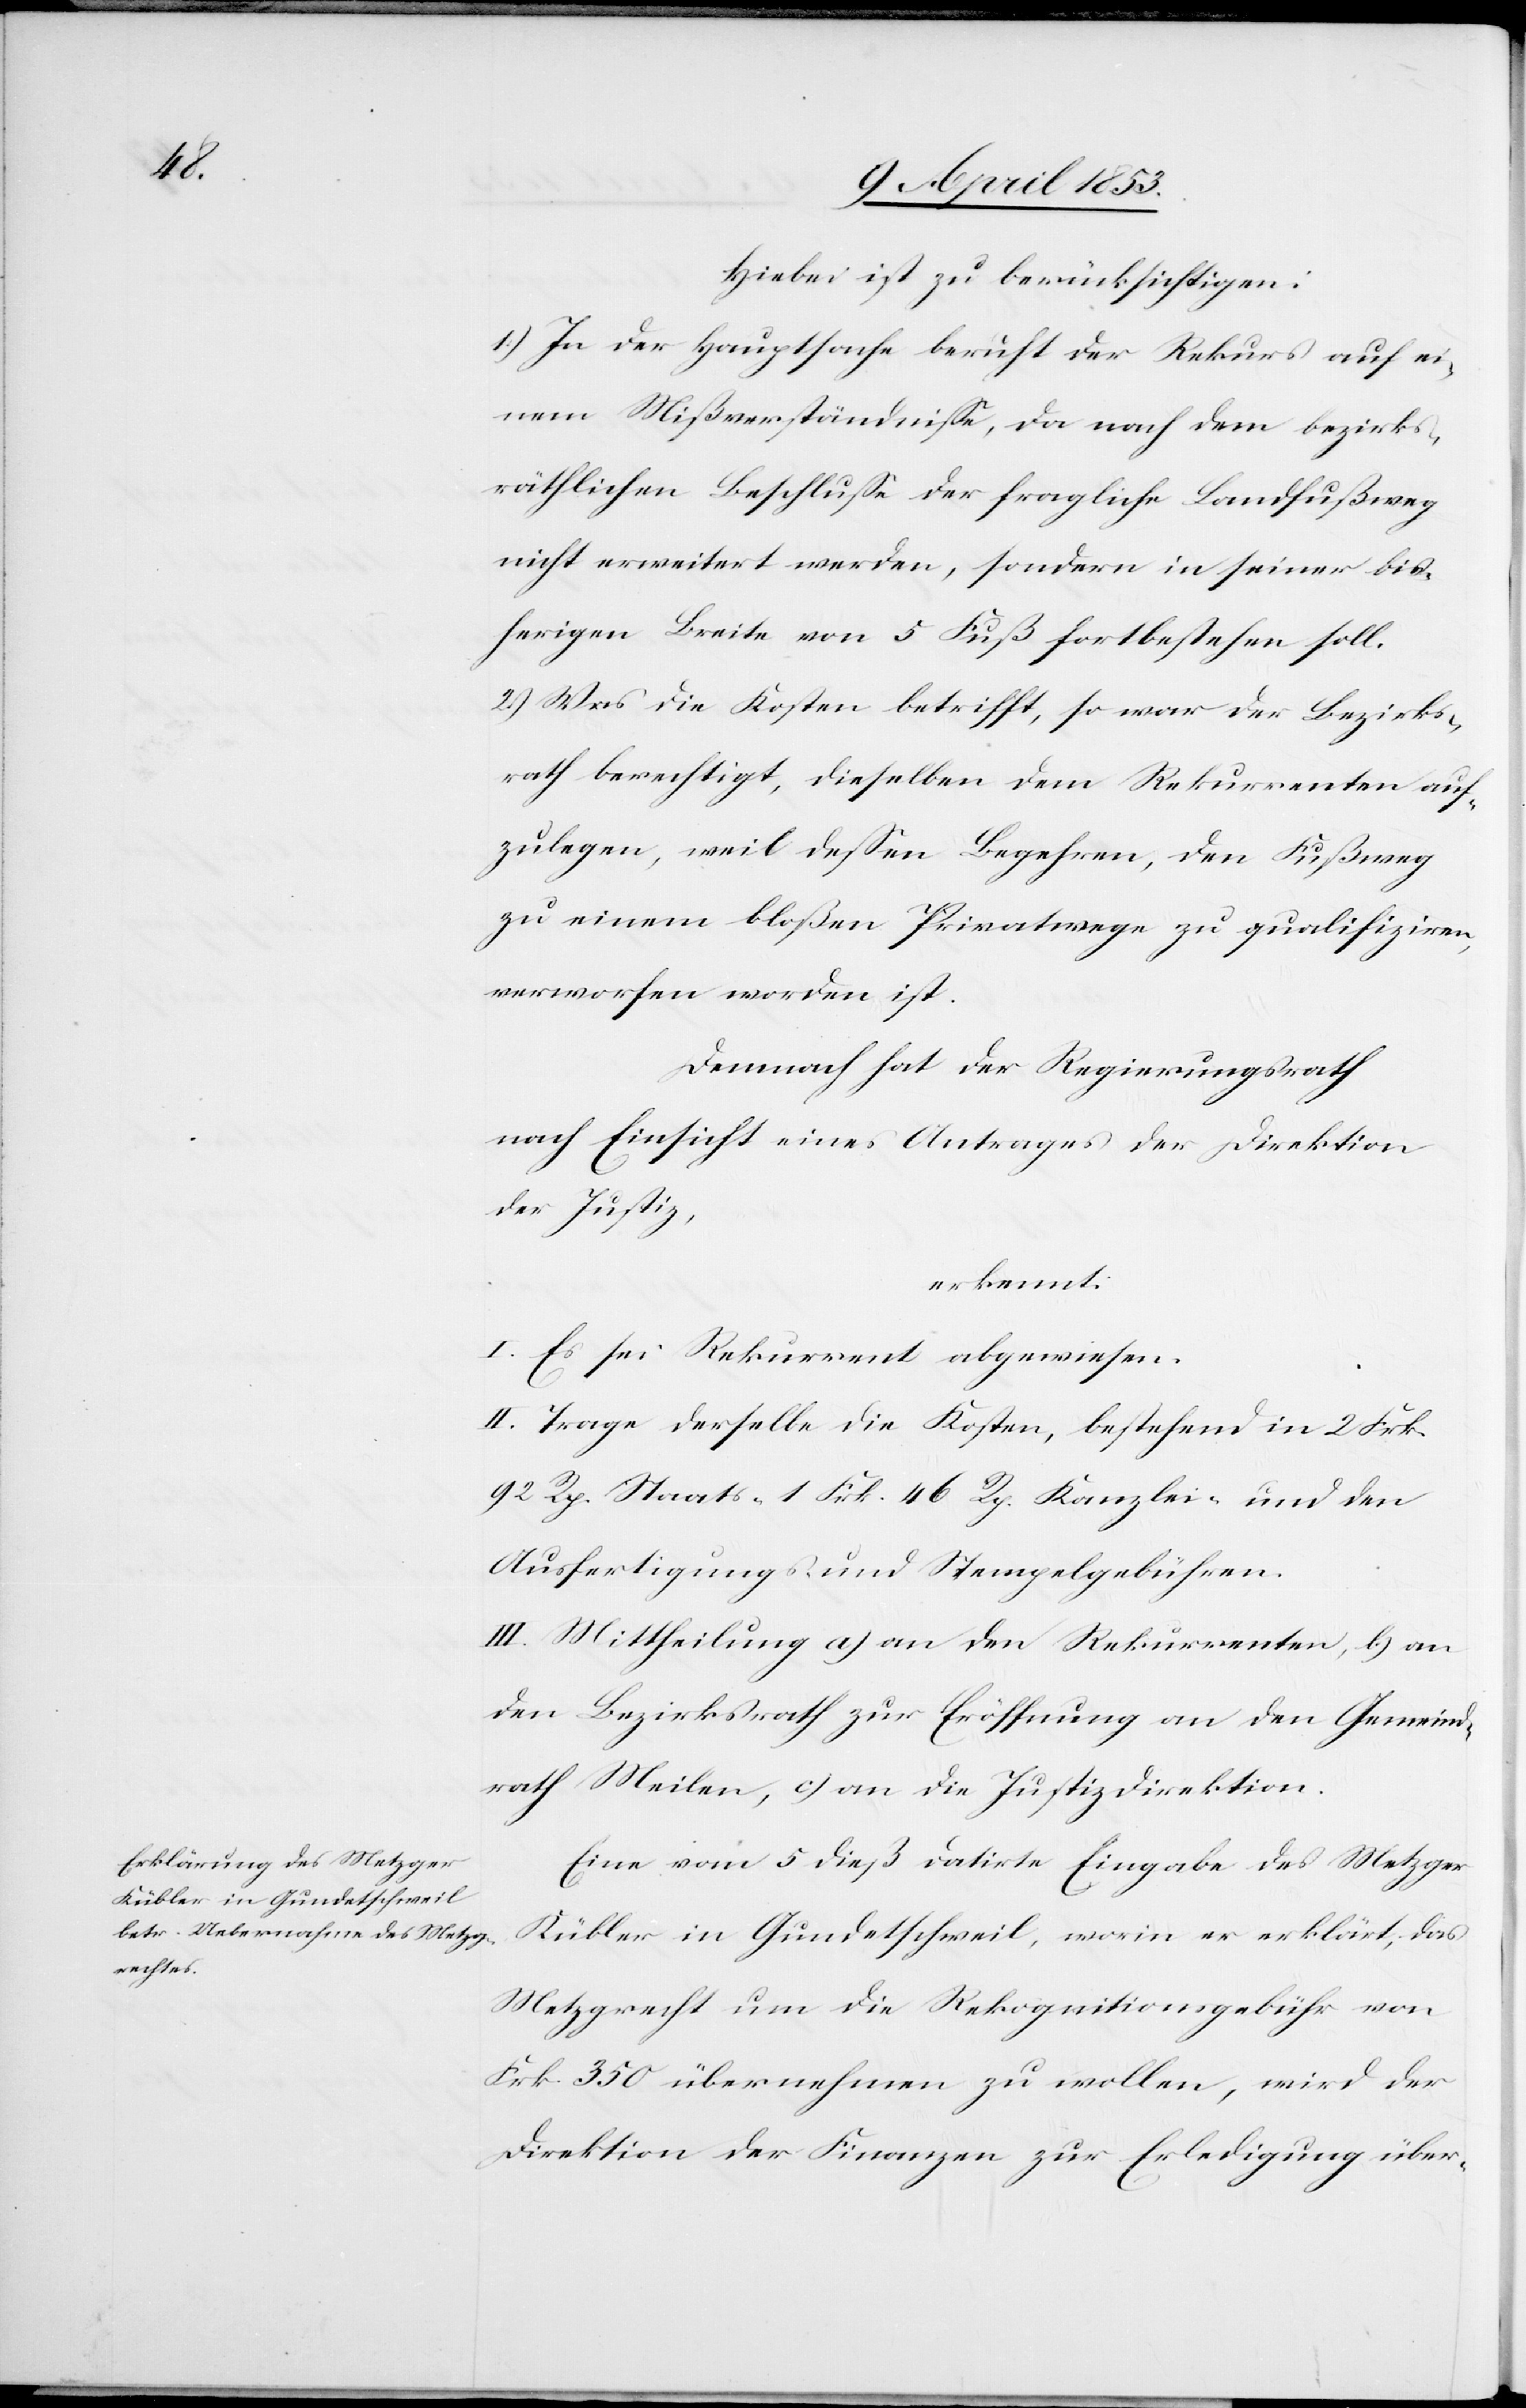
Hiebei ist zu berücksichtigen:
1.) In der Hauptsache beruht der Rekurs auf ei¬
nem Mißverständniße, da nach dem bezirks¬
räthlichen Beschluße der fragliche Landfußweg
nicht erweitert werden, sondern in seiner bis¬
herigen Breite von 5 Fuß fortbestehen soll.
2.) Was die Kosten betrifft, so war der Bezirks¬
rath berechtigt, dieselben dem Rekurrenten auf¬
zulegen, weil deßen Begehren, den Fußweg
zu einem bloßen Privatwege zu qualifiziren,
verworfen worden ist.
Demnach hat der Regierungsrath
nach Einsicht eines Antrages der Direktion
der Justiz,
erkennt:
I. Es sei Rekurrent abgewiesen.
II. Trage derselbe die Kosten, bestehend in 2 Frk.
92 Rp. Staats- 1 Frk. 46 Rp. Kanzlei- und den
Ausfertigungs- u. Stempelgebühren.
III. Mittheilung a) an den Rekurrenten, b, an
den Bezirksrath zur Eröffnung an den Gemeind¬
rath Meilen, c) an die Justizdirektion.
Eine vom 5 dieß datirte Eingabe des Metzger
Kübler in Gundetschweil, worin er erklärt, das
Metzgrecht um die Rekognitionsgebühr von
Frk. 350 übernehmen zu wollen, wird der
Direktion der Finanzen zur Erledigung über-